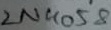
Text: 2N4058